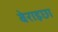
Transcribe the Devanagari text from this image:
बेराइछा